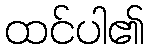
ထင်ပါ၏